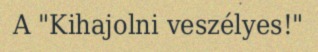
A "Kihajolni veszélyes!"